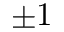
\pm 1